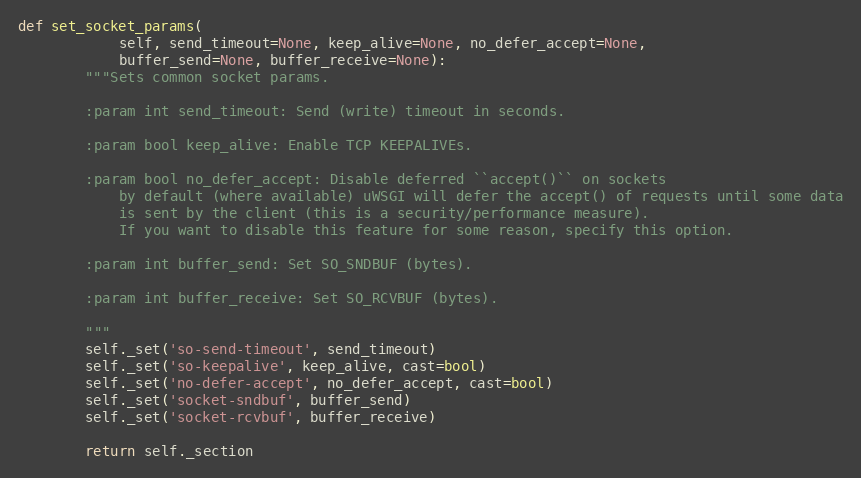
Language: Python
def set_socket_params(
            self, send_timeout=None, keep_alive=None, no_defer_accept=None,
            buffer_send=None, buffer_receive=None):
        """Sets common socket params.

        :param int send_timeout: Send (write) timeout in seconds.

        :param bool keep_alive: Enable TCP KEEPALIVEs.

        :param bool no_defer_accept: Disable deferred ``accept()`` on sockets
            by default (where available) uWSGI will defer the accept() of requests until some data
            is sent by the client (this is a security/performance measure).
            If you want to disable this feature for some reason, specify this option.

        :param int buffer_send: Set SO_SNDBUF (bytes).

        :param int buffer_receive: Set SO_RCVBUF (bytes).

        """
        self._set('so-send-timeout', send_timeout)
        self._set('so-keepalive', keep_alive, cast=bool)
        self._set('no-defer-accept', no_defer_accept, cast=bool)
        self._set('socket-sndbuf', buffer_send)
        self._set('socket-rcvbuf', buffer_receive)

        return self._section